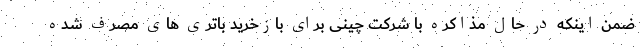
ضمن اینکه در حال مذاکره با شرکت چینی برای بازخرید باتری های مصرف شده